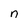
Character: n